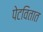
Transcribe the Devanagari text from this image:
पेटवितात